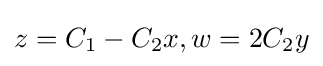
z=C_{1}-C_{2}x,w=2C_{2}y